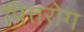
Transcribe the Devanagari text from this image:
पित्तरोग